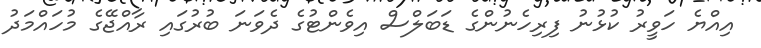
އިއްޔެ ހަވީރު ކުޅުނު ފިރިހެނުންގެ ޑަބަލްސް އިވެންޓުގެ ދެވަނަ ބުރުގައި ރާއްޖޭގެ މުހައްމަދު